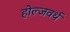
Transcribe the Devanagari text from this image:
होल्जवर्थ